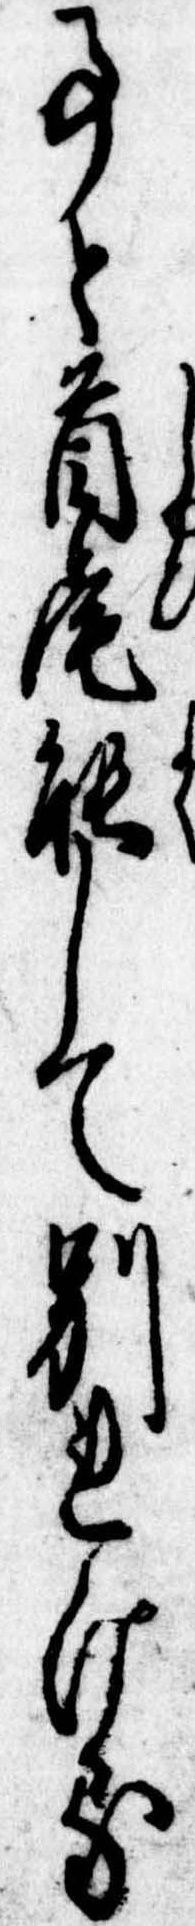
事と首尾能して別れける